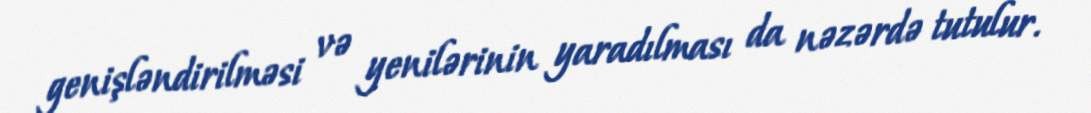
genişləndirilməsi və yenilərinin yaradılması da nəzərdə tutulur.